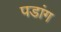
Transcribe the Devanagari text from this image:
पडांग